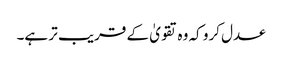
عدل کرو کہ وہ تقویٰ کے قریب تر ہے۔